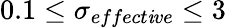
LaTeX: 0.1\leq\sigma_{effect\mathit{i}ve}\leq3